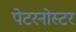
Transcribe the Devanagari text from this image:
पेटरनोस्टर